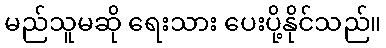
မည်သူမဆို ရေးသား ပေးပို့နိုင်သည်။